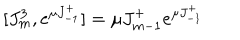
[ J _ { m } ^ { 3 } , e ^ { \mu J _ { - 1 } ^ { + } } ] = \mu J _ { m - 1 } ^ { + } e ^ { \mu J _ { - 1 } ^ { + } }